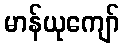
မာန်ယုကျော်